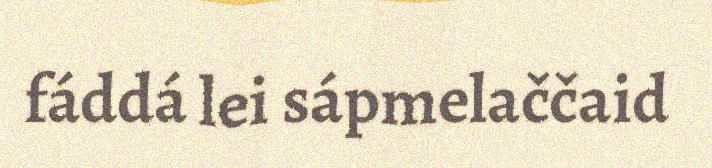
fáddá lei sápmelaččaid